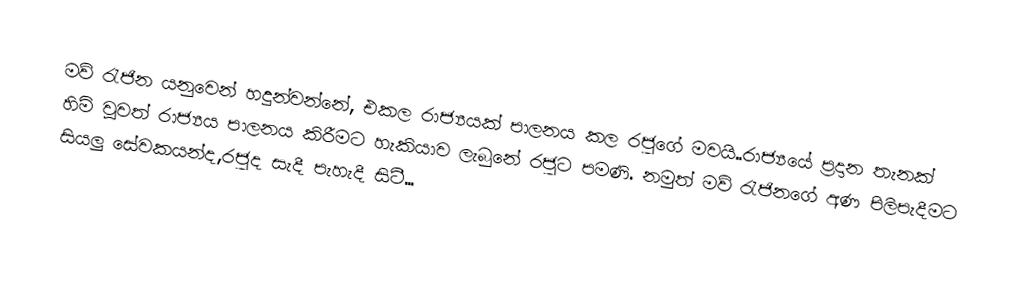
මව් රැජින යනුවෙන් හදුන්වන්නේ, එකල රාජ්‍යයක් පාලනය කල රජුගේ මවයි..රාජ්‍යයේ ප්‍රදාන තැනක් හිමි වූවත් රාජ්‍යය පාලනය කිරීමට හැකියාව ලැබුනේ රජුට පමණි. නමුත් මව් රැජිනගේ අණ පිලිපැදීමට සියලු සේවකයන්ද,රජුද සැදී පැහැදී සිටී...